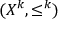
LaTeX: ( X ^ { k } , \leq ^ { k } )